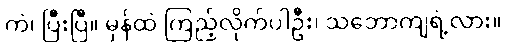
ကဲ၊ ပြီးပြီ။ မှန်ထဲ ကြည့်လိုက်ပါဦး၊ သဘောကျရဲ့လား။